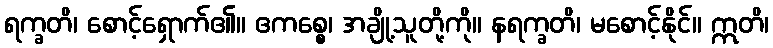
ရက္ခတိ၊ စောင့်ရှောက်၏။ ဧကစ္စေ၊ အချို့သူတို့ကို။ နရက္ခတိ၊ မစောင့်နိုင်။ ဣတိ၊